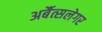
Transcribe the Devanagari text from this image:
अर्बैत्सलेगर